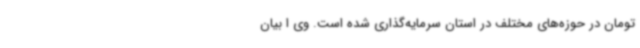
تومان در حوزه‌های مختلف در استان سرمایه‌گذاری شده است. وی ا بیان